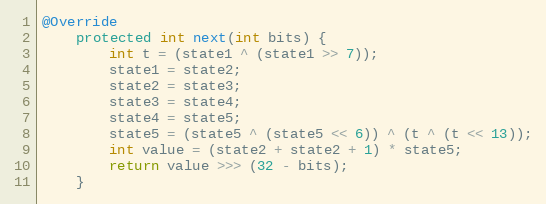
Language: Java
@Override
    protected int next(int bits) {
        int t = (state1 ^ (state1 >> 7));
        state1 = state2;
        state2 = state3;
        state3 = state4;
        state4 = state5;
        state5 = (state5 ^ (state5 << 6)) ^ (t ^ (t << 13));
        int value = (state2 + state2 + 1) * state5;
        return value >>> (32 - bits);
    }